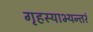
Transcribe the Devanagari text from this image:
गृहस्याभ्यन्तरं